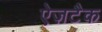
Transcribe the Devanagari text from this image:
ऐज़टैक